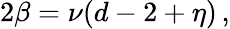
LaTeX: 2\beta=\nu(d-2+\eta)\, ,